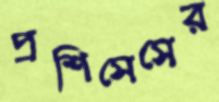
প্রশিসেসের